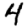
Digit: 4